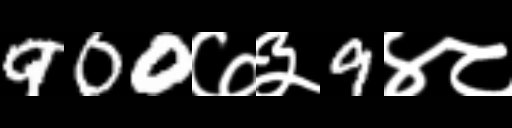
Text: 900७३9४८